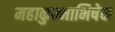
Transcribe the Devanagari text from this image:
महाकुम्भाभिषेक